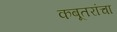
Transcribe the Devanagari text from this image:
कबूतरांचा